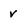
Character: v